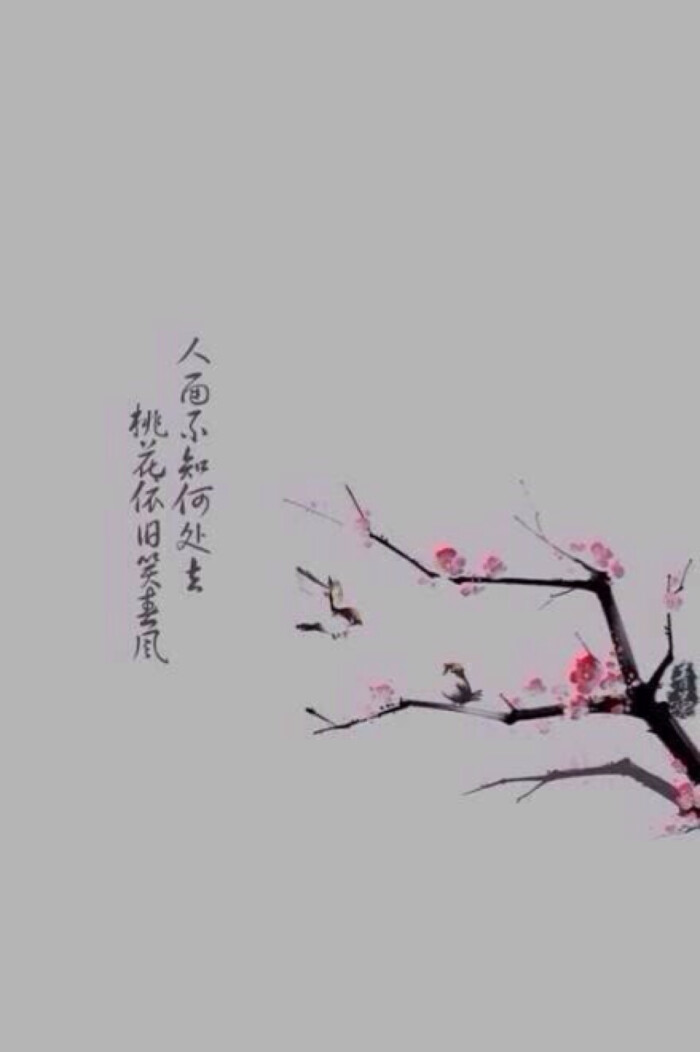
人面不知何处去，桃花依旧笑春风。